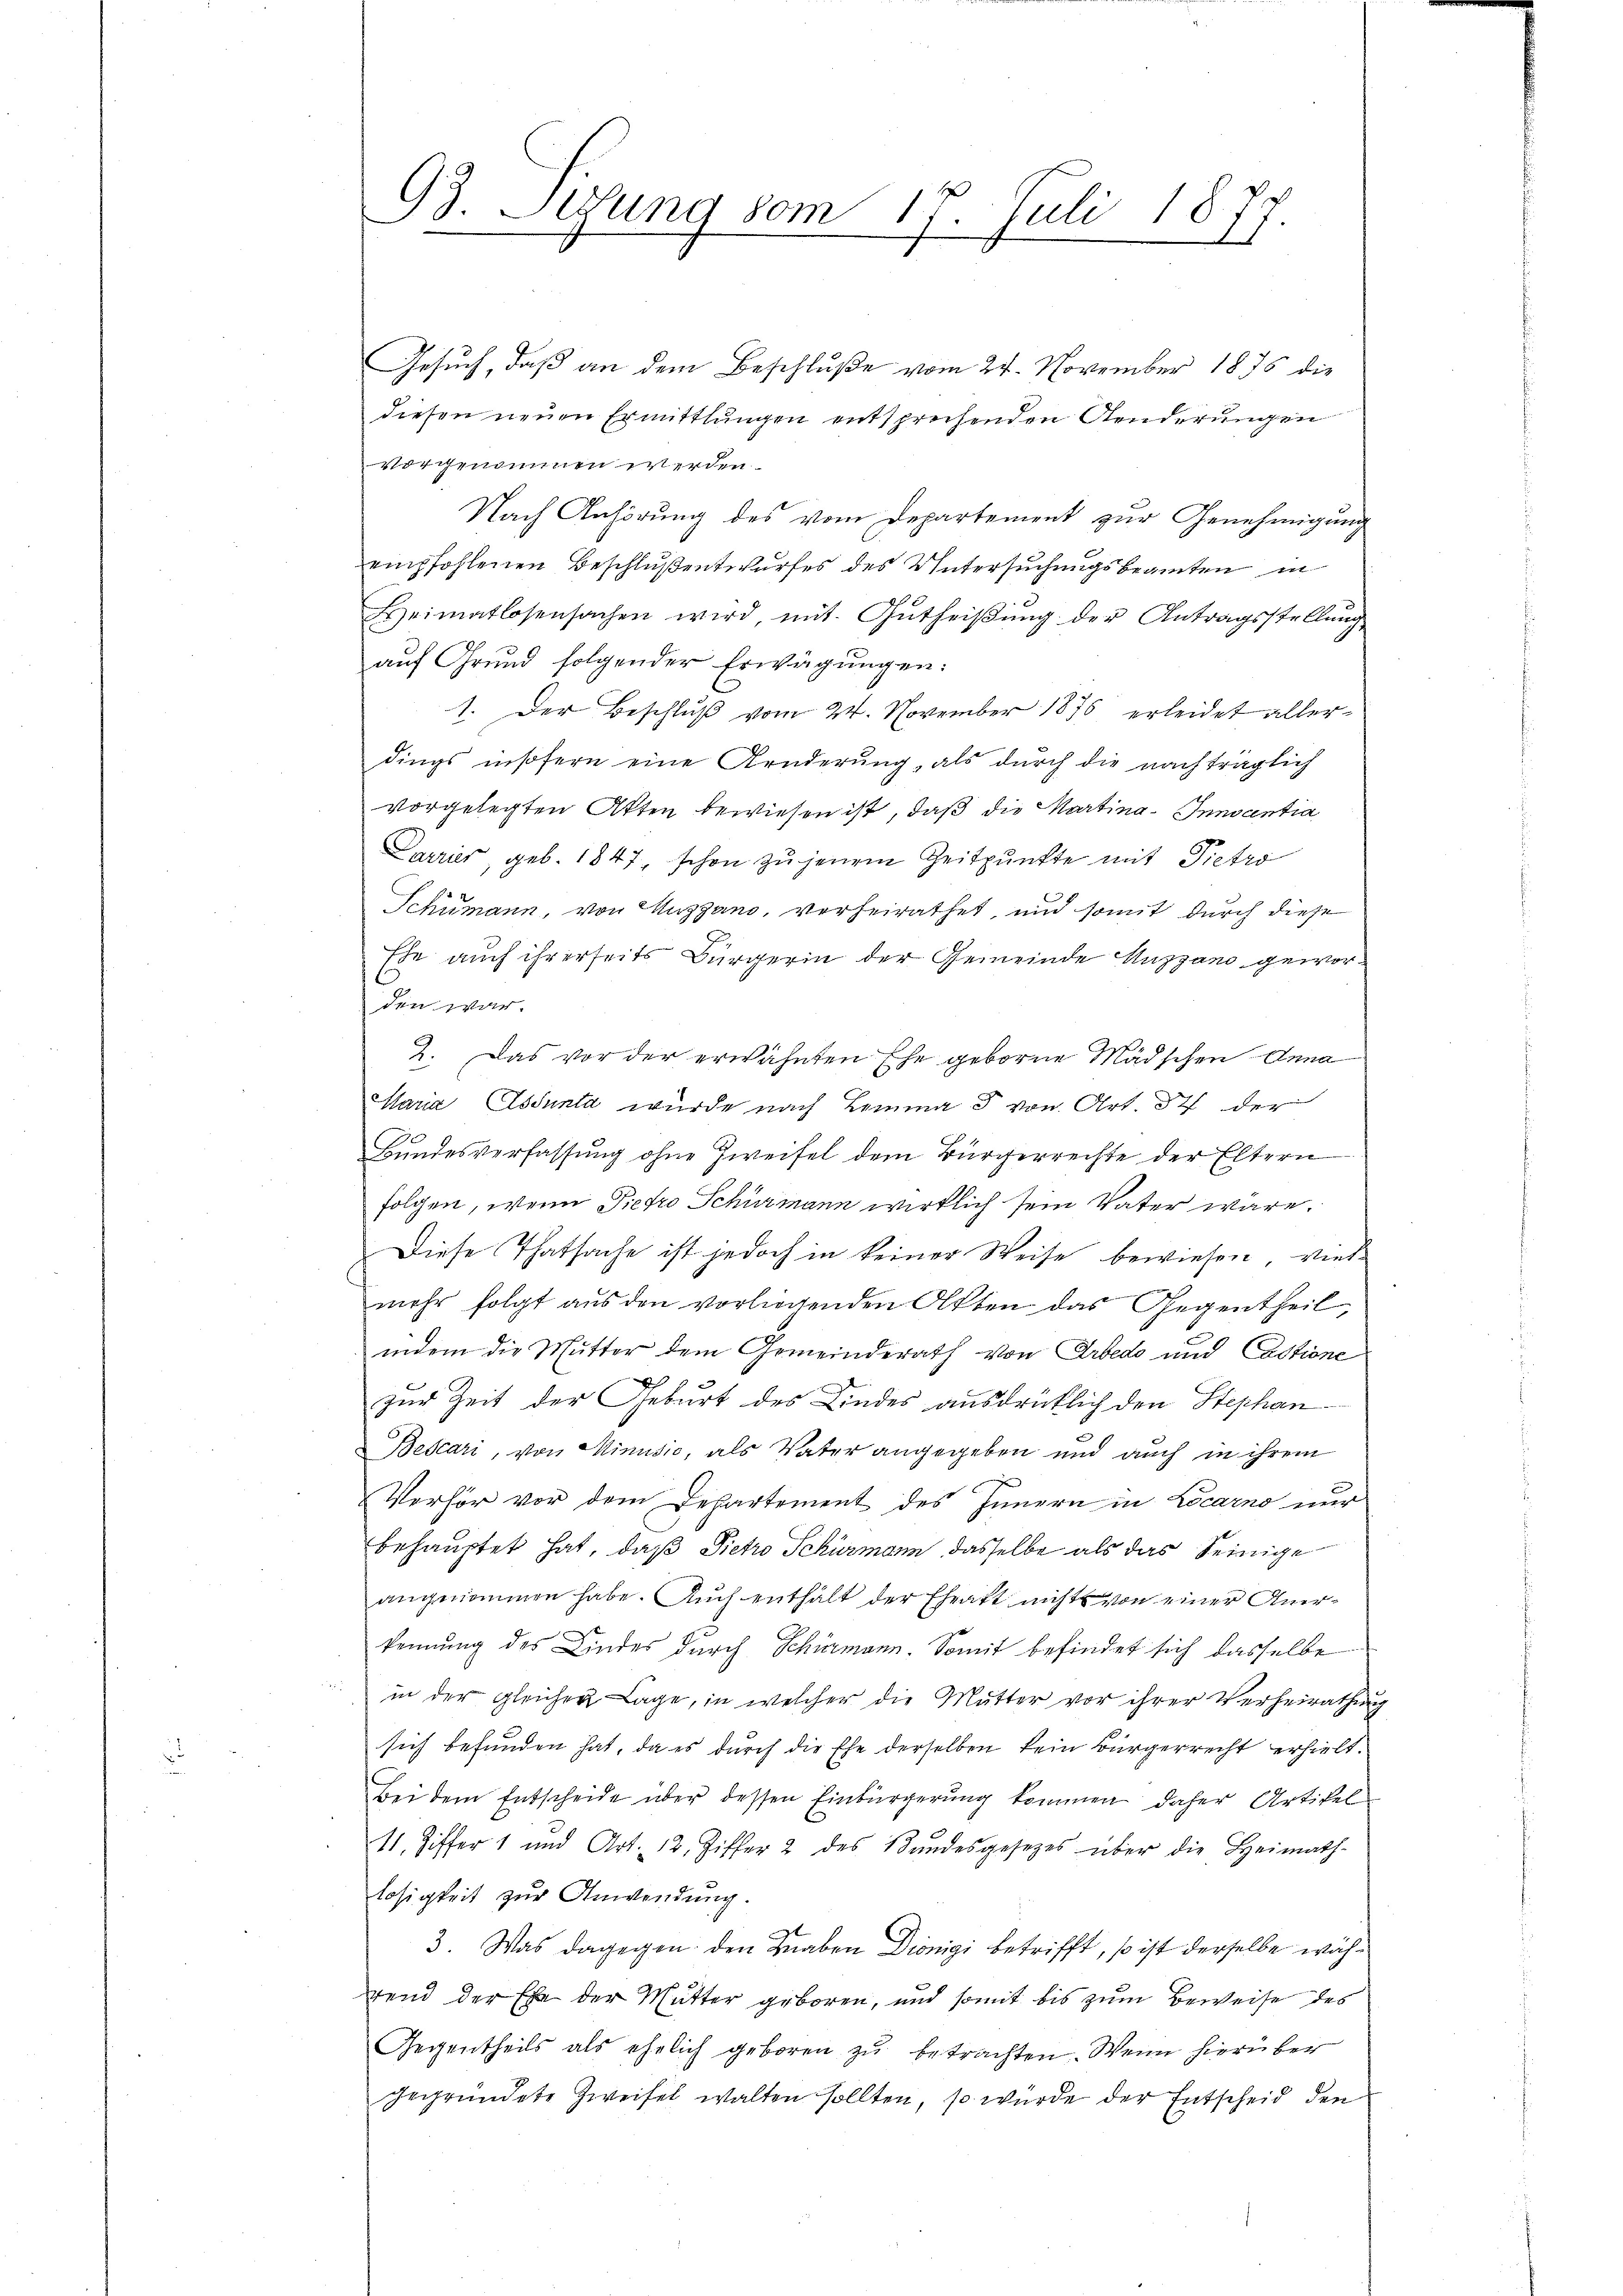
93. Lesung vom 17. Juli 183
2.

Gesuch, daß an dem Beschluße vom 24. November 1875 die
diesen neuen Ermittlungen entsprechenden Aenderungen
vorgenommen werden.
Nach Anhörung des vom Departement zur Genehmigung
empfohlenen Beschlußentwurfes des Untersuchungsbeamten in
Heimatlosensachen wird mit Gŭtheiβŭng der Antragsstellŭng
auf Grund folgender Erwägungen:
1. Der Beschlŭβ vom 24. November 1876 erleidet allerdings insofern eine Arnderŭng, als dŭrch die nachträglich
vorgelegten Akten bewiesen ist, daß die Martina-Innsantia
Carrier, geb. 1847, schon zu jenem Zeitpunkte mit Pietro
Schumann, von Muzgano, verheirathet, und somit durch diese
Ehe auch ihrerseits Bürgerin der Gemeinde Auszano geworden war.
2. Das vor der erwähnten Ehe geborne Mädschen Anna
Maria Essenta wurde nach Lemma 3 von Art. 87 der
Bundesverfassung ohne Zweifel dem Bürgerrechte der Eltern
folgen, wenn Pietro Schürmann wirklich sein Vater wäre.
Diese Thatsache ist jedoch in keiner Weise bewiesen, vielmehr folgt aŭs den vorliegenden Akten das Gegentheil
indem die Mutter dem Gemeinderath von Arbedo und Castione
zur Zeit der Geburt des Kindes ausdrücklich den Stephan
Bescari, von Minusio, als Vater angegeben und auch in ihrem
n
Verhör vor dem Departement des Innern in Locarno nur
behauptet hat, daß Pietro Schürmann, dasselbe als das Seinige
angenommen habe. Auch enthält der Ehratt nichts von einer Anere
kennung des Kindes durch Schürmann. Somit befindet sich dasselbe
in der gleichen Lage, in welcher die Mutter vor ihrer Verheirathung
sich befunden hat, da es durch die Ehe derselben kein Bürgerrecht erhielt.
Bei dem Entscheide über dessen Einbürgerung kommen daher Artikel
11. Ziffer 1 und Art. 12. Ziffer 2 des Bundesgesetzes über die Heimath-
losigkeit zur Anwendung.
3. Was dagegen den Knaben Diönigi betrifft, so ist derselbe während der Ehe der Mutter geboren, und somit bis zum Beweise des
Gegentheils als ehelich geboren zu betrachten. Wenn hierüber
gegründete Zweifel walten sollten, so würde der Entscheid den